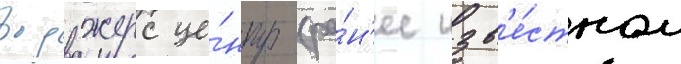
роджерс це́нтр (ра́н'ее изв'е́стном